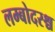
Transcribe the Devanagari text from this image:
लम्बोदरश्च